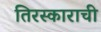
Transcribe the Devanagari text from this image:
तिरस्काराची